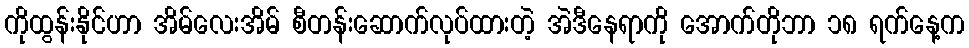
ကိုထွန်းနိုင်ဟာ အိမ်လေးအိမ် စီတန်းဆောက်လုပ်ထားတဲ့ အဲဒီနေရာကို အောက်တိုဘာ ၁၈ ရက်နေ့က